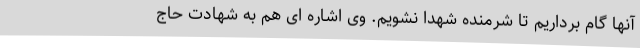
آنها گام برداریم تا شرمنده شهدا نشویم. وی اشاره ای هم به شهادت حاج